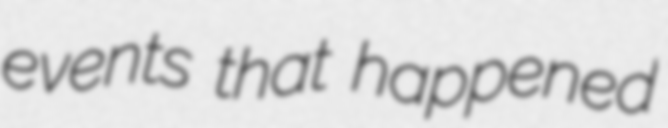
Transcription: events that happened